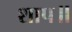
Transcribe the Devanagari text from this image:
शाप॥